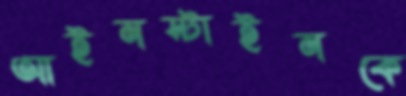
আইনস্টাইনকে